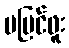
မမြင်ဖူး